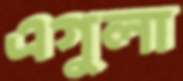
এগুলা